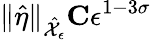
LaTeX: \| \hat{\eta}\| _{\hat{\mathcal{X}}_{\epsilon}}\le C\epsilon^{1-3\sigma}